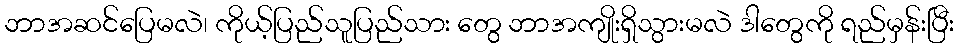
ဘာအဆင်ပြေမလဲ၊ ကိုယ့်ပြည်သူပြည်သား တွေ ဘာအကျိုးရှိသွားမလဲ ဒါတွေကို ရည်မှန်းပြီး